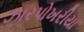
ઝારપોખરીયા